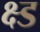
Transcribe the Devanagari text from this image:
क्ष्ड